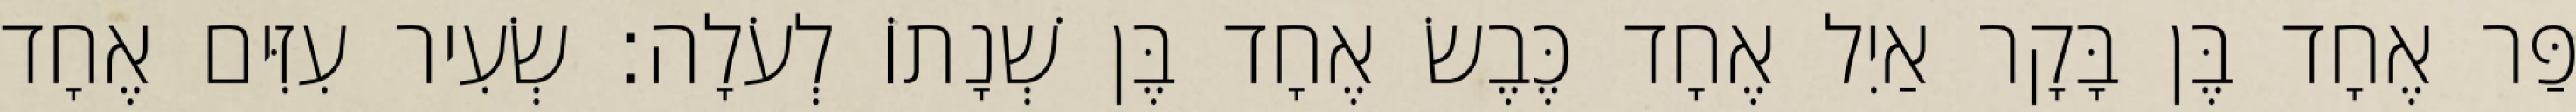
פַּר אֶחָד בֶּן בָּקָר אַיִל אֶחָד כֶּבֶשׂ אֶחָד בֶּן שְׁנָתוֹ לְעֹלָה׃ שְׂעִיר עִזִּים אֶחָד